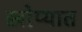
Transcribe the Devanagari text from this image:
खोप्यात